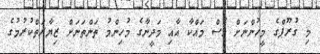
މި ގުރޫޕްގެ މީހުންނަށް ވެސް މައްކާ އާއި މަދީނާގެ މުހިންމު ތަންތަނަށް ޒިޔާރަތްކުރުމުގެ